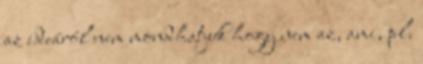
az ideáról nem mondhatjuk hogy nem az, ami, pl.